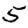
Digit: 5